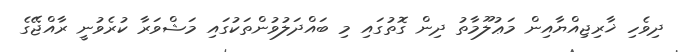
ދިވެހި ޚާރިޖިއްޔާއިން މަޢުލޫމާތު ދިން ގޮތުގައި މި ބައްދަލުވުންތަކުގައި މަޝްވަރާ ކުރެވުނީ ރާއްޖޭގެ